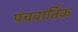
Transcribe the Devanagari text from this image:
पंचवार्तिक